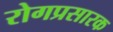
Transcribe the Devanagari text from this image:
रोगप्रसारक